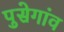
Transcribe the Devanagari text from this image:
पुसेगांव